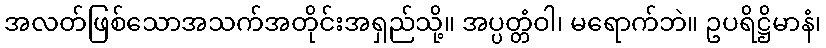
အလတ်ဖြစ်သောအသက်အတိုင်းအရှည်သို့။ အပ္ပတ္တံဝါ၊ မရောက်ဘဲ။ ဥပရိဋ္ဌိမာနံ၊